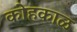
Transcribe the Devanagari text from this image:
कोहकाळ